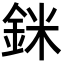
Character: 銤